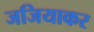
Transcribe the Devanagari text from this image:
जजियाकर